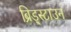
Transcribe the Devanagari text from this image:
ब्रिड्स्टाउन